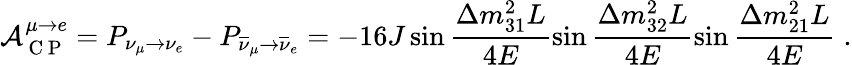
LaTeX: \mathcal{A}_{\mathrm{~C~P~}}^{\mu\rightarrow e}=P_{\nu_{\mu}\rightarrow\nu_{e}}-P_{\overline{{\nu}}_{\mu}\rightarrow\overline{{\nu}}_{e}}=-16J\sin\frac{\Delta m_{31}^{2}L}{4E}\sin\frac{\Delta m_{32}^{2}L}{4E}\sin\frac{\Delta m_{21}^{2}L}{4E}\; .